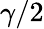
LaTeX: \gamma/2